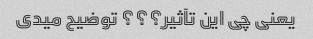
یعنی چی این تآثیر؟؟؟ توضیح میدی